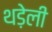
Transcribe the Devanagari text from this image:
थड़ेली